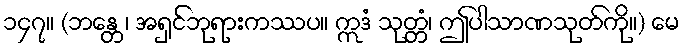
၁၄၇။ (ဘန္တေ၊ အရှင်ဘုရားကဿပ။ ဣဒံ သုတ္တံ၊ ဤပါသာဏသုတ်ကို။) မေ